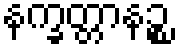
နက္ခတ္တာနဉ္စ